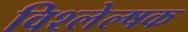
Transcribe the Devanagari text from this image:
विश्लेल्षक